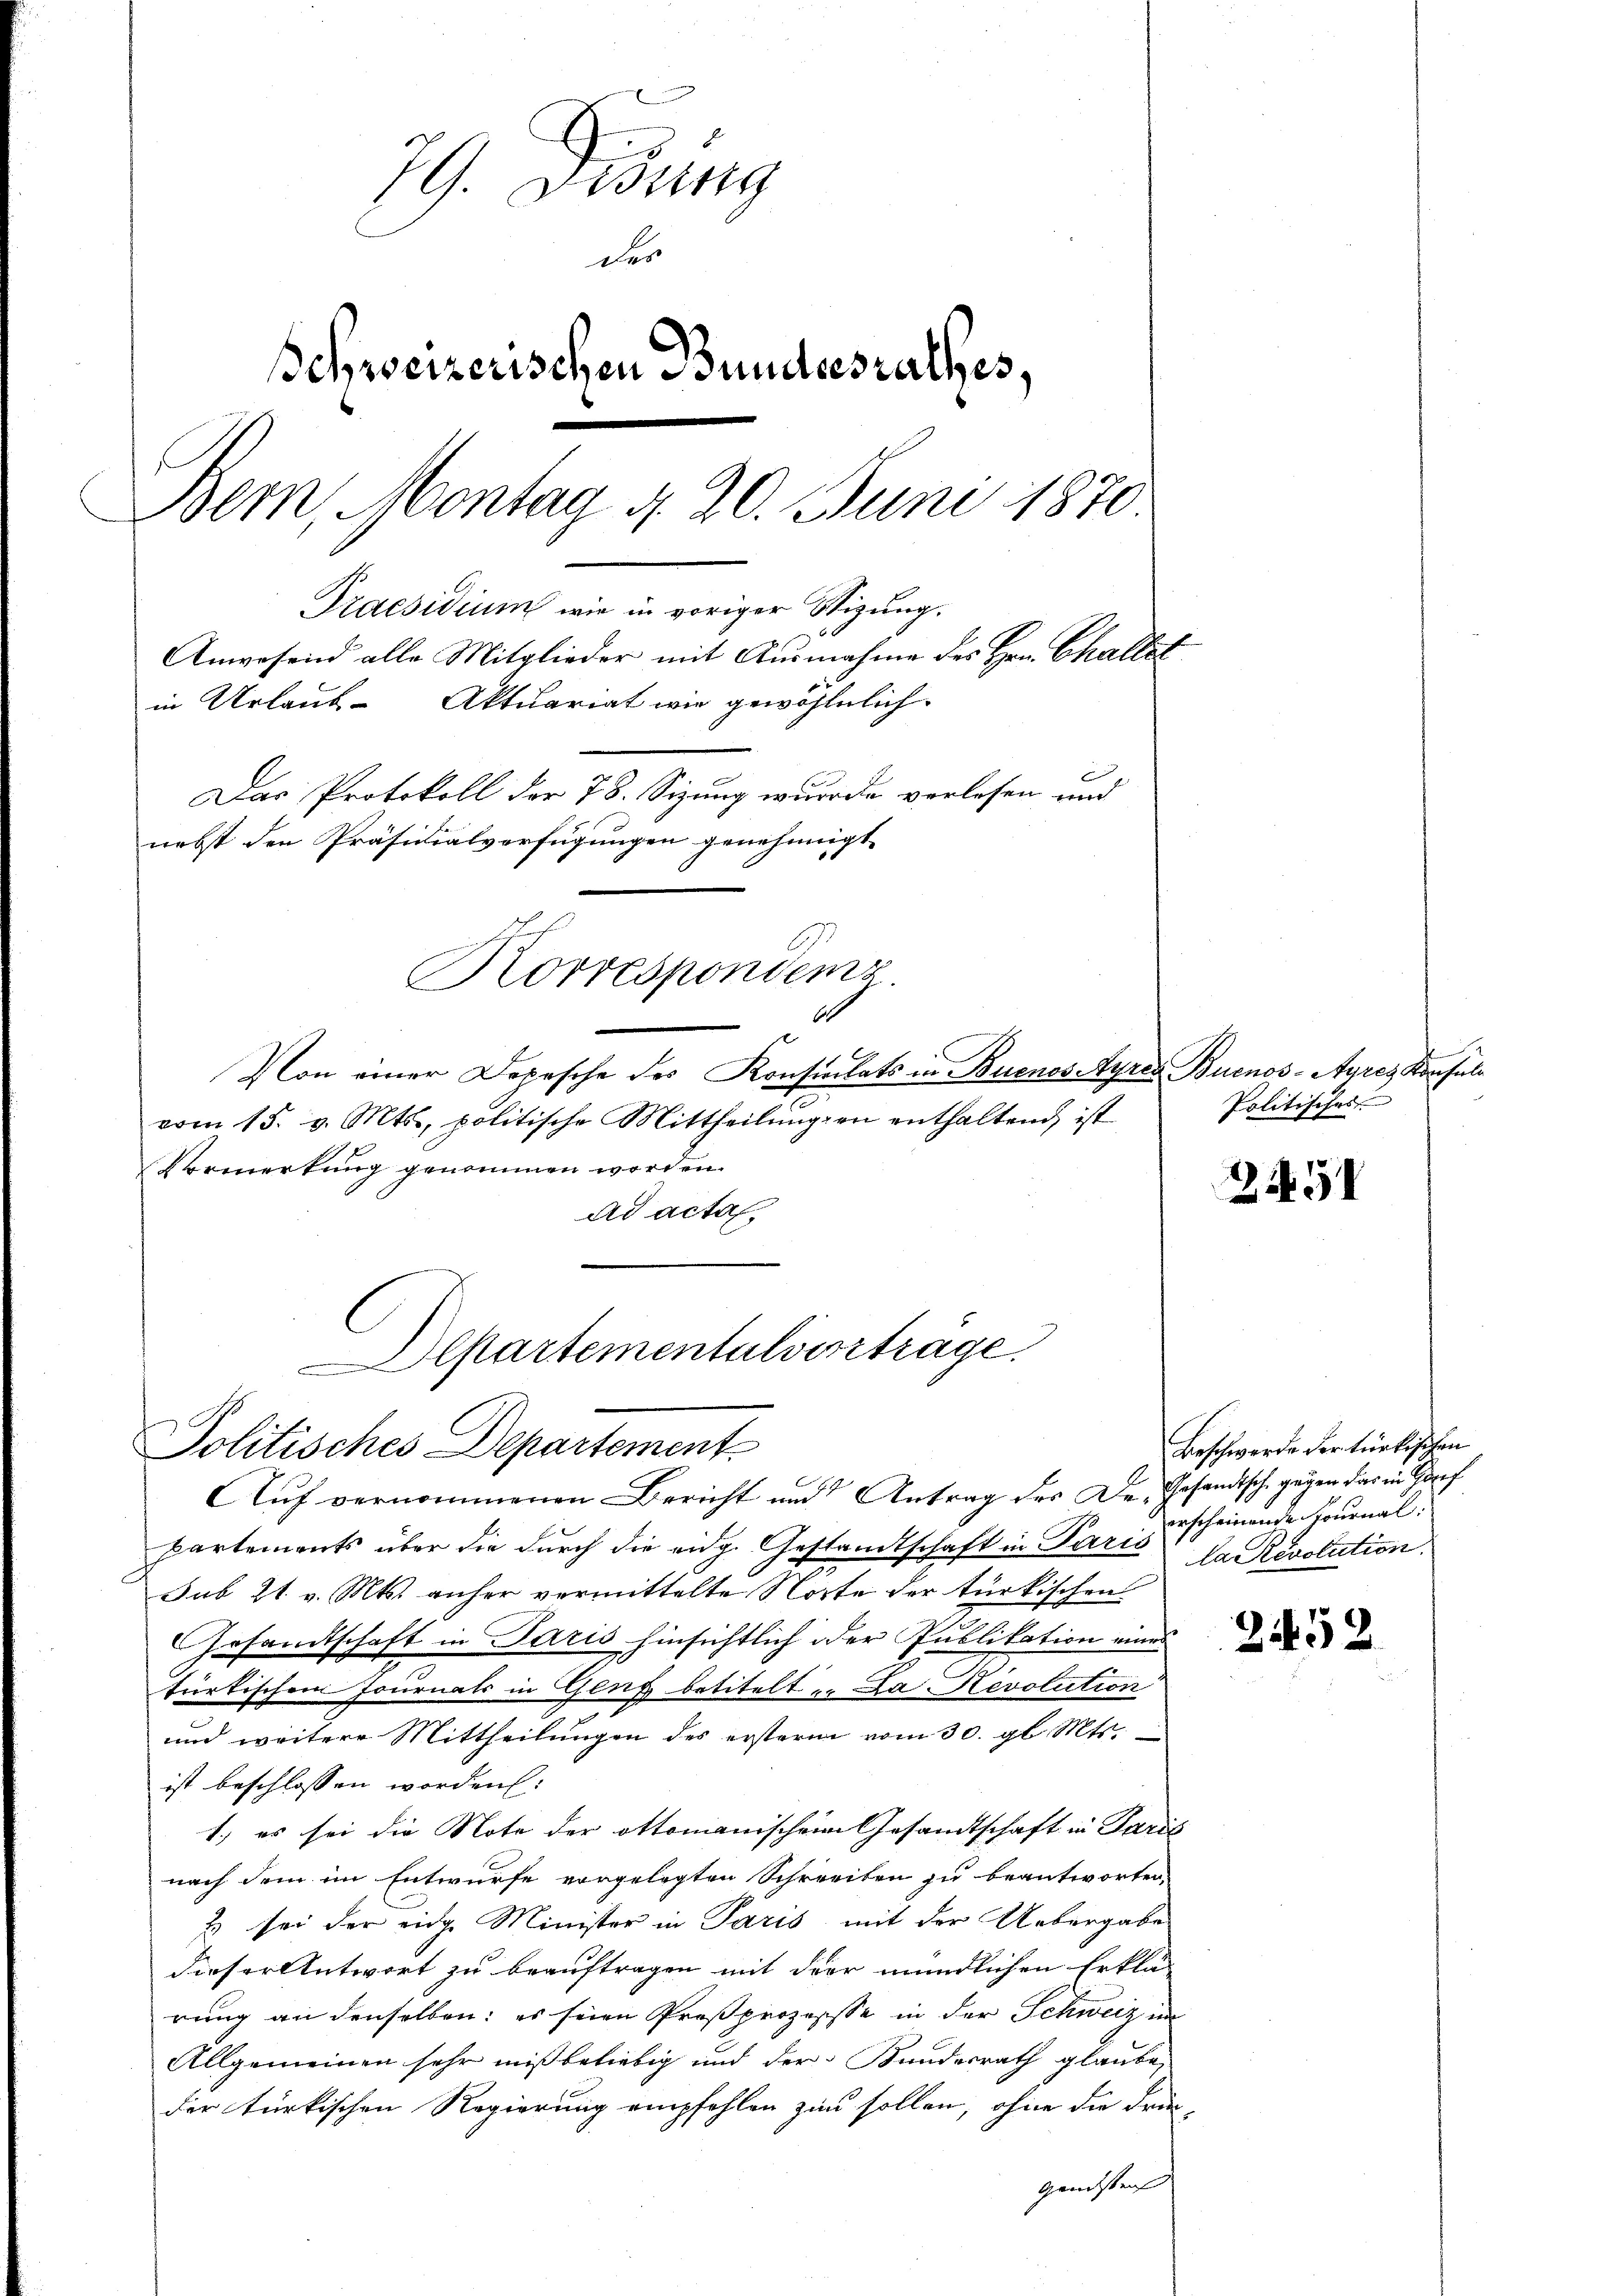
79. Denung
der
Schweizerischen Bundesrathes.
Bem Montag d. 20. Juni 1870
Praesidium wie in voriger Stizung.
Anwesend alle Mitglieder mit Ausnahme des Hrn. Challet
in Urlaub- Aktuariat wie gewöhnlich
t
Das Protokoll der 78. Sizung wurde verlesen und
nebst den Präsidialverfügungen genehmigt.

Korrespondenz.
66

Politisches Departement

Von einer Depesche des Konsulats in Buenos Ayres Buenos-Ayres Konsult
vom 15. v. Mts., politische Mittheilŭngen enthaltend ist
Vermerkung genommen worden.
ad acta
Departementalverträge.

AAuf vernommenen Bericht und Antrag des Dr. Gesandtsch gegen das in Haf
partements über die durch die eidg. Gestandtschaft in Paris Dn. Resolution.
sub 21. v. Mts. anher vermittelte Sorte der türkischen
Gesandtschaft in Paris hinsichtlich oder Publikation eines
türkischem Journals in Genf betitelt u. Da Revolution
und weitere Mittheilungen des ersterm vom 30. gl. Mts.
ist beschlossen worden:
1.) es sei die Note der Ottomanischen Gesandtschaft in Paris
nach dem im Entwurfe vorgelegten Schreiben zu beantworten.
& sei der eidge Minister in Paris mit der Uebergabe
dieser Antwort zu beauftragen mit der mündlichen Erklä
rung an denselben: es seien Proßprozessse in der Schweiz in
Allgemeinen sehr mißbeliebig und der Bundesrath glaube,
der türkischen Regierung empfohlen zum sollen, ohne die Frie
gendsten

Politisches

Z

Beschwerde der türkischen
erscheinende Fournal:

2452